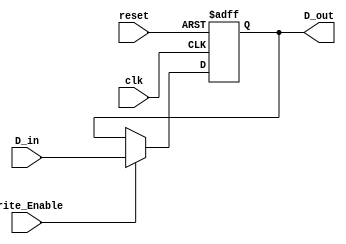
module ForwardingRegister (
    input wire [31:0] D_in,         // 32-bit data input
    input wire Write_Enable,        // Write enable control signal
    input wire clk,                 // Clock signal
    input wire reset,               // Reset signal
    output reg [31:0] D_out         // 32-bit data output
);

// Sequential logic for storing data
always @(posedge clk or posedge reset) begin
    if (reset) begin
        D_out <= 32'b0;             // Clear the register on reset
    end else if (Write_Enable) begin
        D_out <= D_in;              // Capture data on clock edge if enabled
    end
    // If Write_Enable is low, do nothing (retain previous value)
end

endmodule